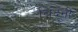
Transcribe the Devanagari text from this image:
बिंदूंनी